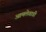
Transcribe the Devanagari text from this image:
आमलेवाडी